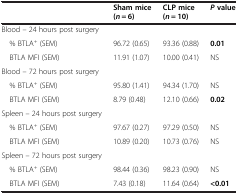
<table><thead><tr><td><b> </b></td><td><b>Sham mice (<i>n</i> = 6)</b></td><td><b>CLP mice (<i>n</i> = 10)</b></td><td><b><i>P </i>value</b></td></tr></thead><tbody><tr><td>Blood – 24 hours post surgery</td><td> </td><td> </td><td> </td></tr><tr><td> % BTLA<sup>+</sup> (SEM)</td><td>96.72 (0.65)</td><td>93.36 (0.88)</td><td><b>0.01</b></td></tr><tr><td> BTLA MFI (SEM)</td><td>11.91 (1.07)</td><td>10.00 (0.41)</td><td>NS</td></tr><tr><td>Blood – 72 hours post surgery</td><td> </td><td> </td><td> </td></tr><tr><td> % BTLA<sup>+</sup> (SEM)</td><td>95.80 (1.41)</td><td>94.34 (1.70)</td><td>NS</td></tr><tr><td> BTLA MFI (SEM)</td><td>8.79 (0.48)</td><td>12.10 (0.66)</td><td><b>0.02</b></td></tr><tr><td>Spleen – 24 hours post surgery</td><td> </td><td> </td><td> </td></tr><tr><td> % BTLA<sup>+</sup> (SEM)</td><td>97.67 (0.27)</td><td>97.29 (0.50)</td><td>NS</td></tr><tr><td> BTLA MFI (SEM)</td><td>10.89 (0.20)</td><td>10.73 (0.76)</td><td>NS</td></tr><tr><td>Spleen – 72 hours post surgery</td><td> </td><td> </td><td> </td></tr><tr><td> % BTLA<sup>+</sup> (SEM)</td><td>98.44 (0.36)</td><td>98.23 (0.90)</td><td>NS</td></tr><tr><td> BTLA MFI (SEM)</td><td>7.43 (0.18)</td><td>11.64 (0.64)</td><td><b>&lt;0.01</b></td></tr></tbody></table>